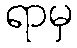
ရာမှ